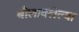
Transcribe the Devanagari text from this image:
बोलावलेल्या